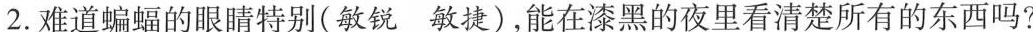
2.难道蝙蝠的眼睛特别(敏锐敏捷)，能在漆黑的夜里看清楚所有的东西吗?